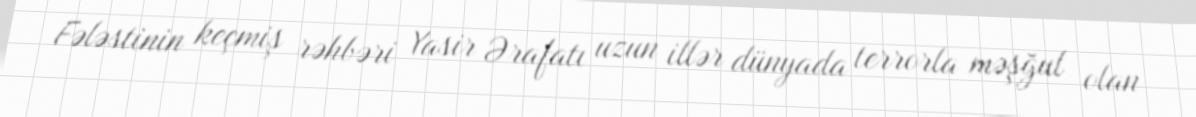
Fələstinin keçmiş rəhbəri Yasir Ərafatı uzun illər dünyada terrorla məşğul olan